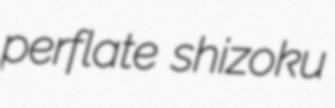
perflate shizoku